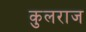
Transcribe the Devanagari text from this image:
कुलराज